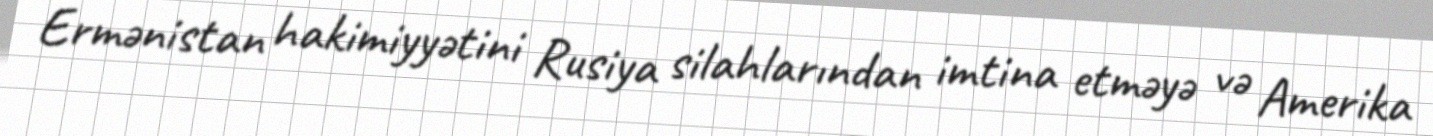
Ermənistan hakimiyyətini Rusiya silahlarından imtina etməyə və Amerika